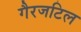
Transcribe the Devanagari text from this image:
गैरजटिल